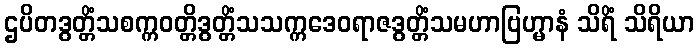
ဌပိတဒွတ္တိံသစက္ကဝတ္တိဒွတ္တိံသသက္ကဒေဝရာဇဒွတ္တိံသမဟာဗြဟ္မာနံ သိရိံ သိရိယာ